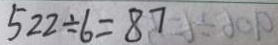
5 2 2 \div 6 = 8 7